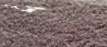
تحبهم